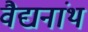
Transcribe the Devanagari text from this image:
वैद्यनांथ